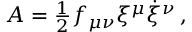
\begin{array} { r } { A = \frac { 1 } { 2 } f _ { \mu \nu } \xi ^ { \mu } \dot { \xi } ^ { \nu } \, , } \end{array}